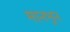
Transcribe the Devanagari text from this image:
मानभून